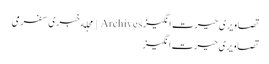
تصاویری حیرت‌انگیز Archives | مجله خبری سفرمی
تصاویری حیرت‌انگیز